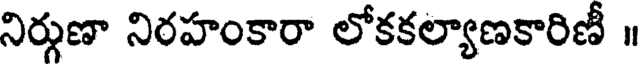
నిర్గుణా నిరహంకారా లోకకల్యాణకారిణీ